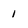
Character: 1